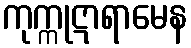
ကုက္ကုဋာရာမေန